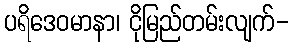
ပရိဒေဝမာနာ၊ ငိုမြည်တမ်းလျက်-